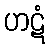
ဟဋံ